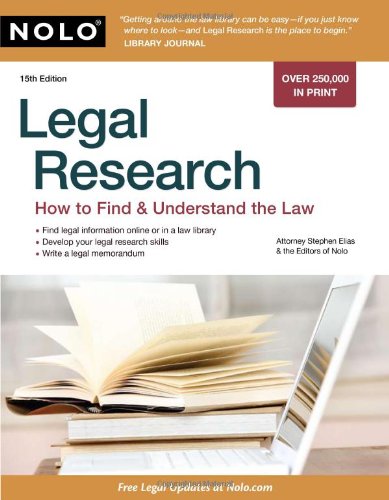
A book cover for Legal Research: How to Find & Understand the Law; Stephen Elias Attorney; Law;